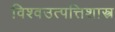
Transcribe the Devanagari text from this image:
विश्वउत्पत्तिशास्त्र